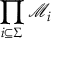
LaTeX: \prod _ { i \subseteq \Sigma } { \mathcal { M } } _ { i }